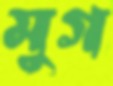
মুগ